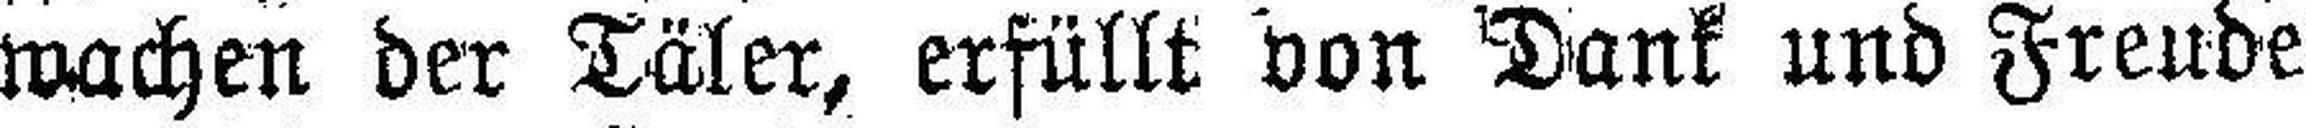
wachen der Täler, erfüllt von Dank und Freude